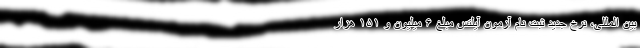
بین المللی، نرخ جدید ثبت نام آزمون آیلتس مبلغ ۶ میلیون و ۱۵۱ هزار